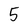
Character: 5